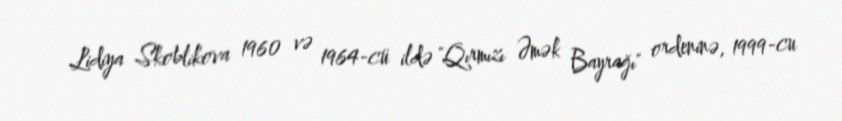
Lidiya Skoblikova 1960 və 1964-cü ildə "Qırmızı Əmək Bayrağı" ordeninə, 1999-cu